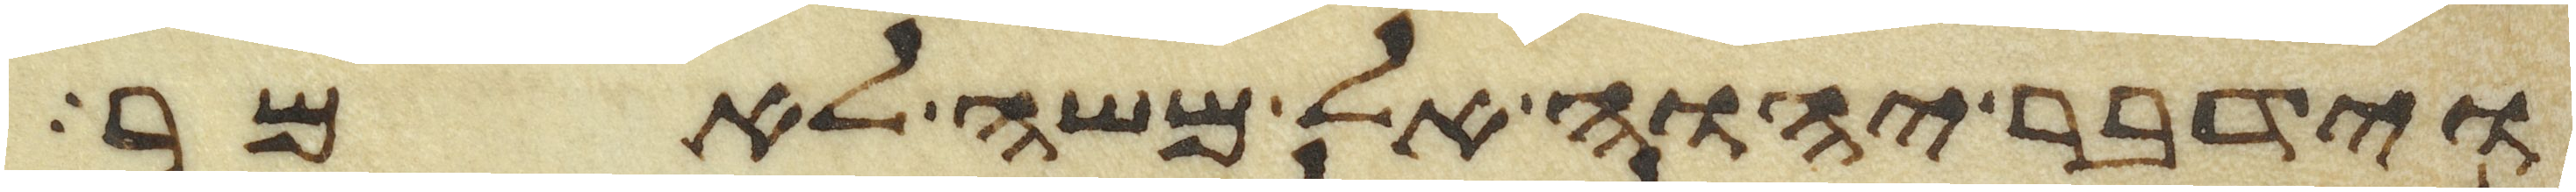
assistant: וידבר יהוה אל משה לאמר